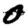
Digit: 0